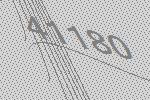
41180